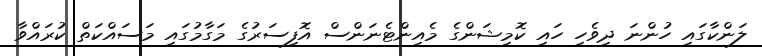
ލަންކާގައި ހުންނަ ދިވެހި ހައި ކޮމިޝަންގެ މެއިންޓެނަންސް އޮފިސަރުގެ މަގާމުގައި މަސައްކަތް ކުރައްވާ